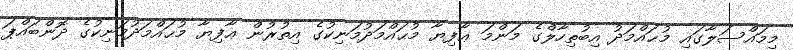
މިމައްސަލާގައި މުޙައްމަދު އިބުތިހާލްގެ މަންމަ ޢާފިޔާ މުޙައްމަދުމަނިކުގެ އިތުރުން ޢާފިޔާ މުޙައްމަދުމަނިކުގެ ދޮންބައްޕަ